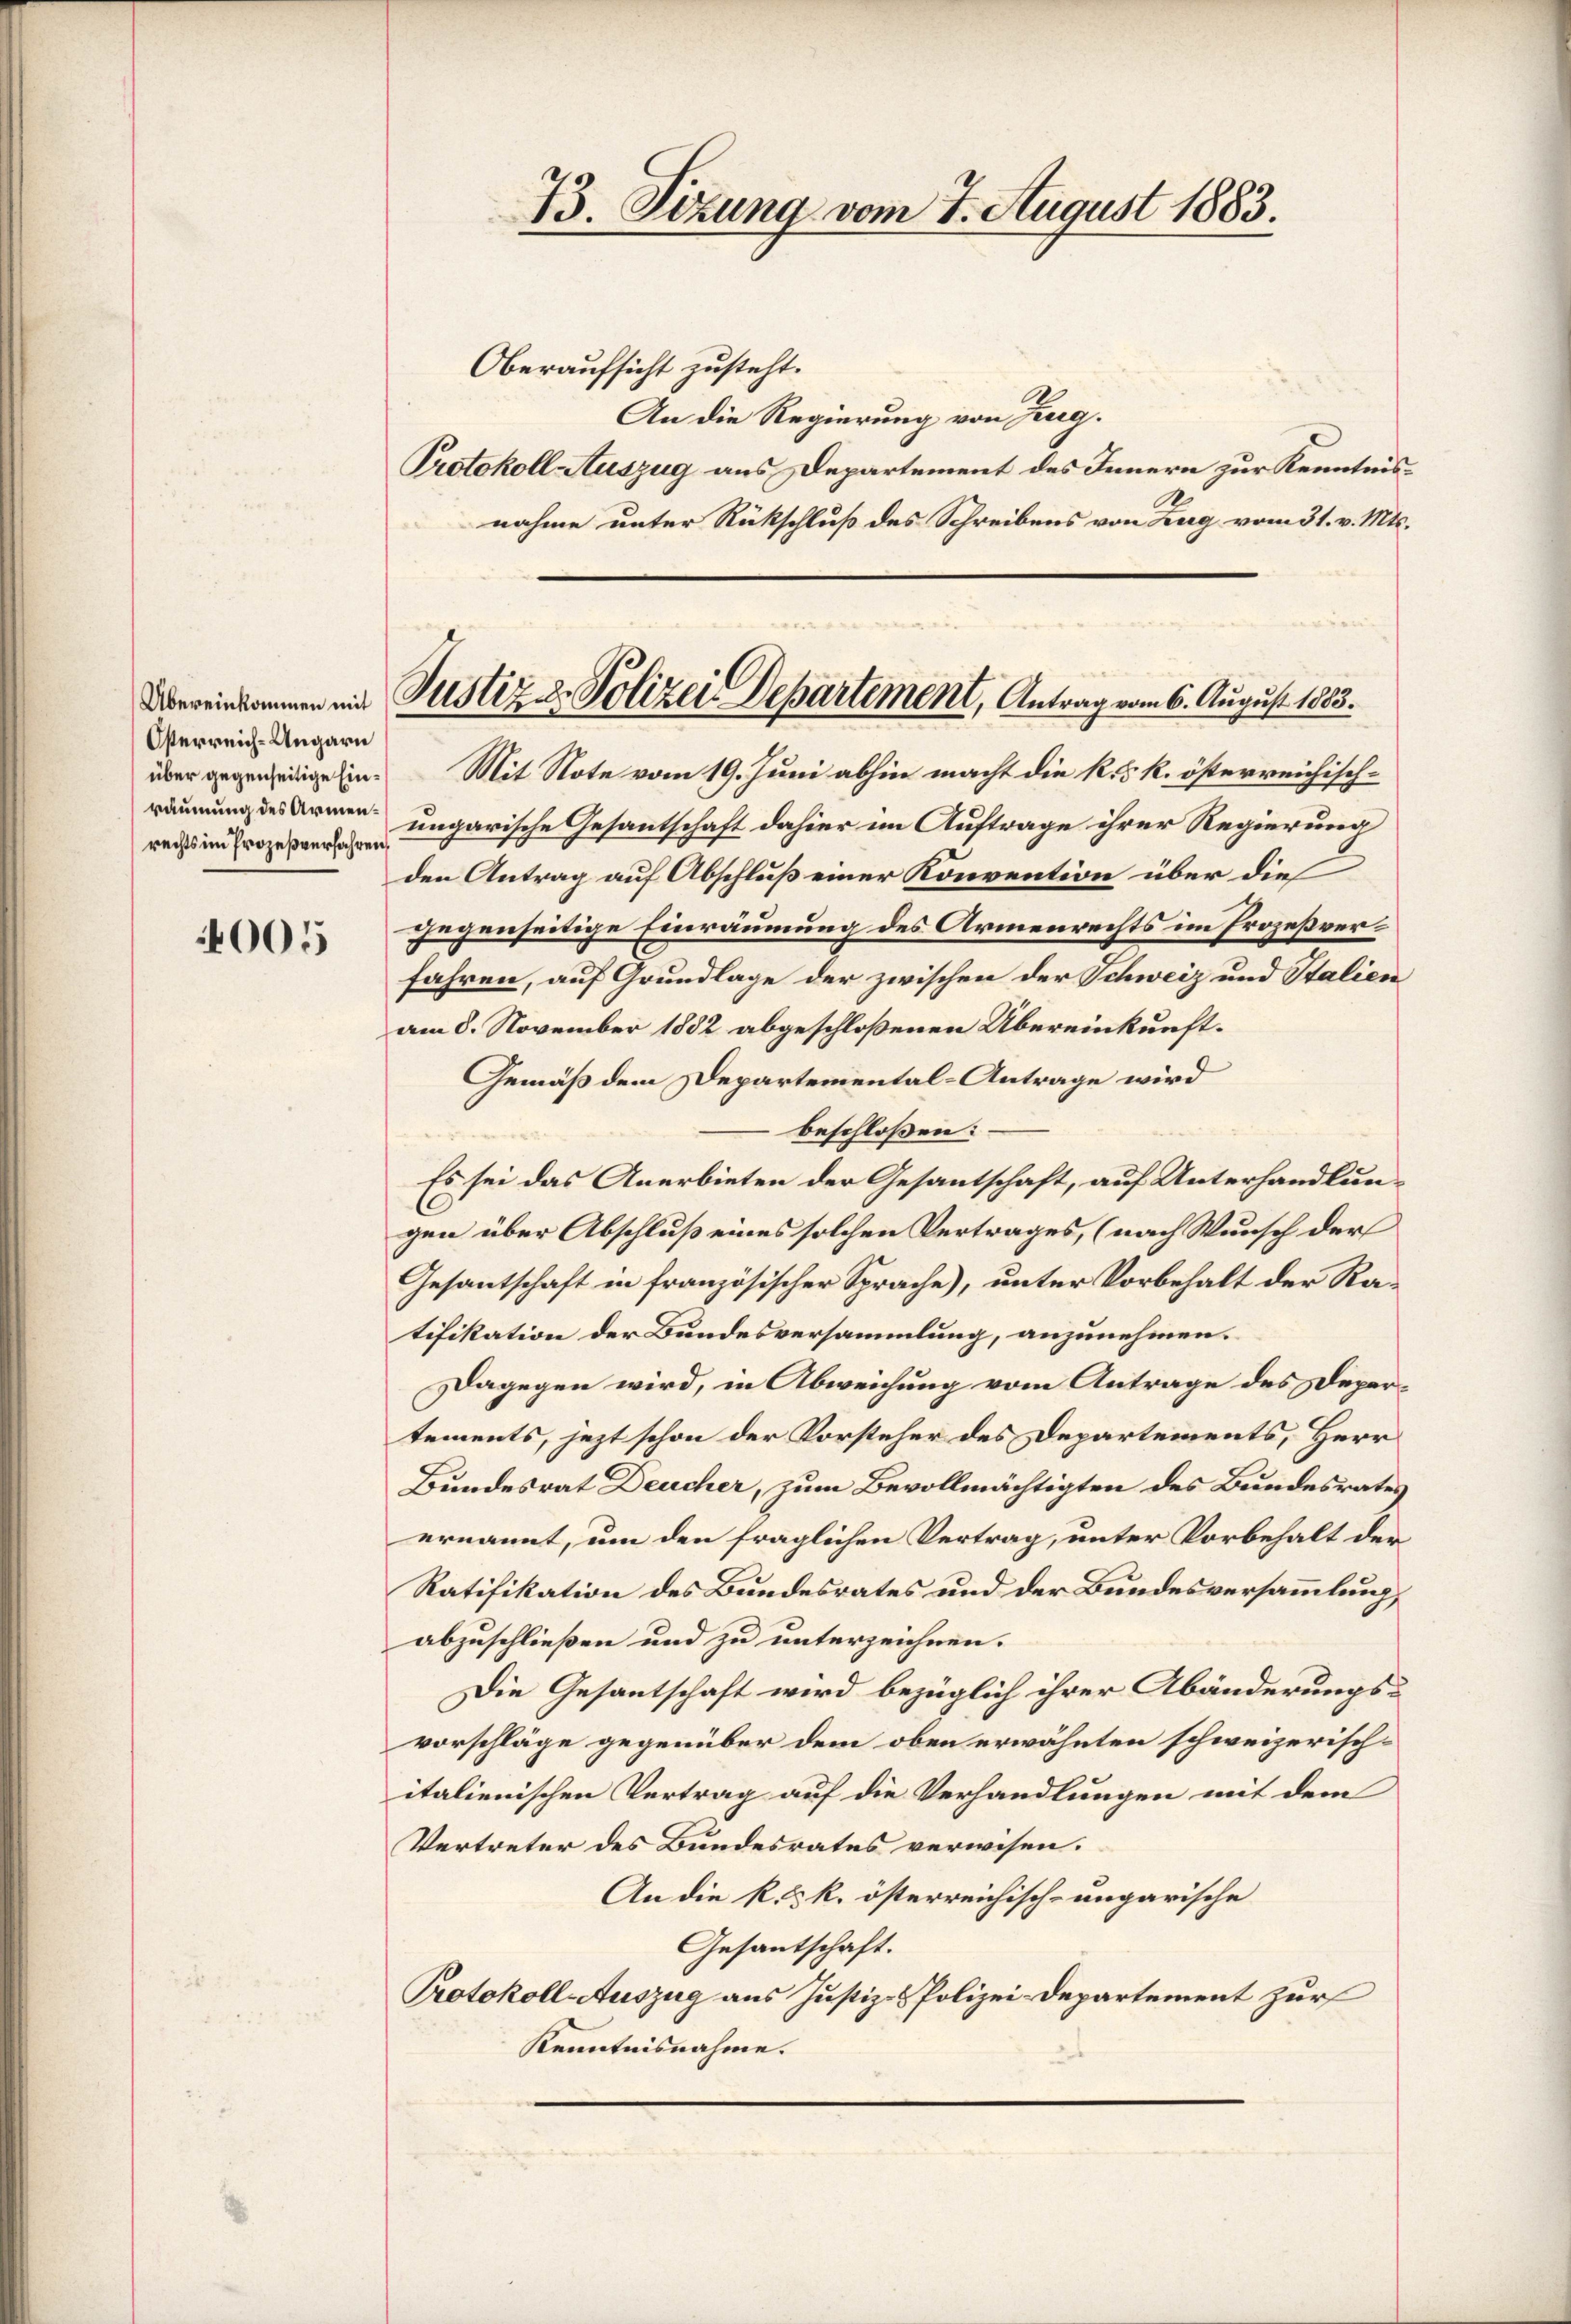
Österreich-Ungarn
über gegenseitige Einräumung des Armenrechts im Prozeßverfahren,

005

73. Sitzung vom 7. August 1883.
Oberaufsicht zusteht.
An die Regierung von Zug.
Protokoll-Auszug aus Departement des Innern zur Kenntnis¬

nahme unter Rückschluß des Schreibens von Zug vom 31. v. Mts.

Übereinkommen mit Justiz & Polizei Departement, Antrag vom 6. August 1883.

Mit Note vom 19. Juni abhin macht die k. k. österreichischungarische Gesantschaft dahier im Auftrage ihrer Regierung
den Antrag auf Abschluß einer Konvention über die
gegenseitige Einräumung des Armenrechts im Prozeßverfahren, auf Grundlage der zwischen der Schweiz und Stalien
am 8. November 1882 abgeschloßenen Übereinkunft¬
Gemäß dem Departemental-Antrage wird
beschloßen:
Es sei das Anerbieten der Gesantschaft, auf Unterhandlungen über Abschluß eines solchen Vertrages, (nach Wunsch der
Gesantschaft in französischer Sprache), unter Vorbehalt der Ratifikation der Bundesversammlung, anzunehmen.
Dagegen wird, in Abweichung vom Antrage des Depertements, jezt schon der Vorsteher des Departements, Herr
Bundesrat Deucher, zum Bevollmächtigten des Bundesrates
ernannt, um den fraglichen Vertrag, unter Vorbehalt der
Ratifikation des Bundesrates und der Bundesversammlung,
abzuschließen und zu unterzeichnen.
Die Gesantschaft wird bezüglich ihrer Abänderungs-
vorschläge gegenüber dem oben erwähnten schweizerischitalienischen Vertrag auf die Verhandlungen mit dem
Vertreter des Bundesrates verwisen.
An die k. k. k. österreichisch-ungarische
Gesantschaft.
Protokoll-Auszug aus Justiz- & Polizei-Departement zur
Kenntnisnahme.